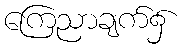
ကြေညာချက်၌